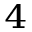
^ { 4 }